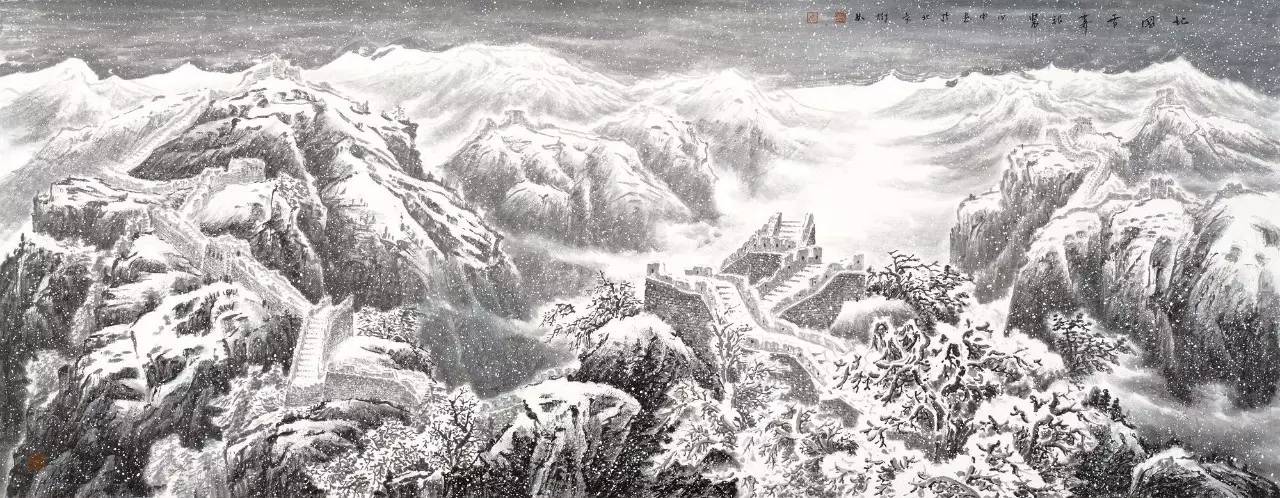
望长城内外，惟余莽莽大河上下，顿失滔滔。